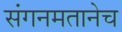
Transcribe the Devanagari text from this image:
संगनमतानेच